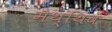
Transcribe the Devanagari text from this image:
मैथ्थिव